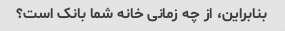
بنابراین، از چه زمانی خانه شما بانک است؟